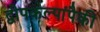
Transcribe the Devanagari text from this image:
द्वीपकल्पांपैकी